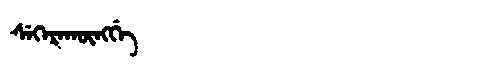
Manchu: ᠰᡝᡴᡝᡵᠠᡴᡡᠩᡤᡝ
Romanization: SEKERAKŪNGGE